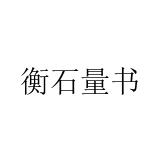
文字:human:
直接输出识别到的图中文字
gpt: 衡石量书